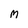
Character: M